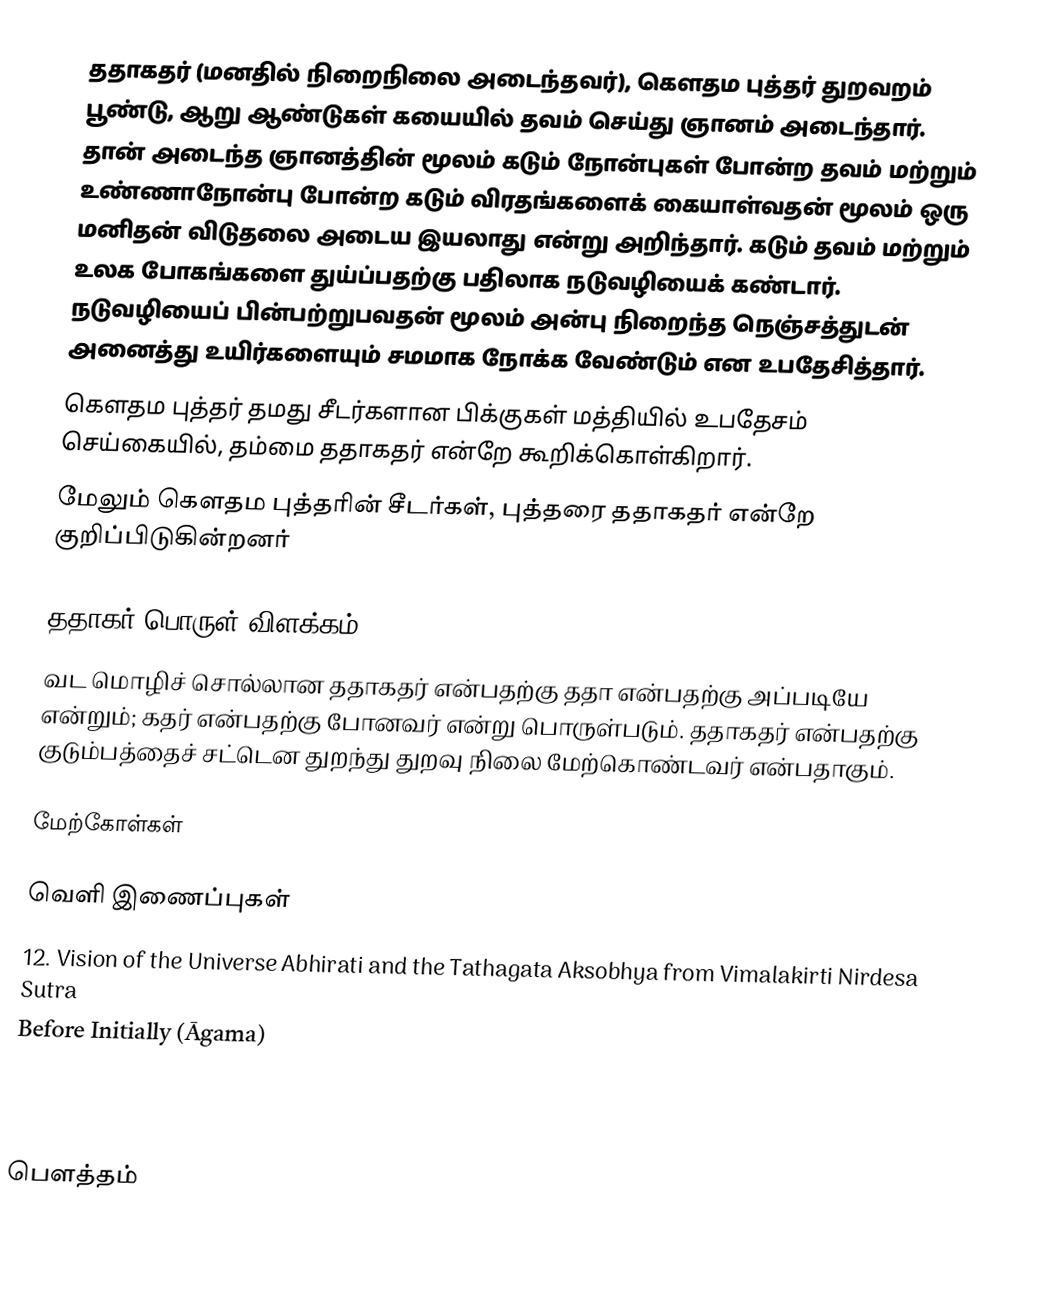
ததாகதர் (மனதில் நிறைநிலை அடைந்தவர்), கௌதம புத்தர் துறவறம் பூண்டு, ஆறு ஆண்டுகள்  கயையில் தவம் செய்து ஞானம் அடைந்தார். தான் அடைந்த ஞானத்தின் மூலம் கடும் நோன்புகள் போன்ற தவம் மற்றும் உண்ணாநோன்பு போன்ற கடும் விரதங்களைக் கையாள்வதன் மூலம் ஒரு மனிதன்  விடுதலை அடைய இயலாது என்று அறிந்தார்.  கடும் தவம்  மற்றும் உலக போகங்களை துய்ப்பதற்கு பதிலாக  நடுவழியைக் கண்டார்.  நடுவழியைப் பின்பற்றுபவதன் மூலம்  அன்பு நிறைந்த நெஞ்சத்துடன் அனைத்து உயிர்களையும் சமமாக நோக்க வேண்டும் என உபதேசித்தார்.
கௌதம புத்தர் தமது சீடர்களான பிக்குகள் மத்தியில் உபதேசம் செய்கையில், தம்மை ததாகதர் என்றே கூறிக்கொள்கிறார்.
மேலும் கௌதம புத்தரின் சீடர்கள், புத்தரை ததாகதர் என்றே குறிப்பிடுகின்றனர்

ததாகர் பொருள் விளக்கம்
வட மொழிச் சொல்லான ததாகதர் என்பதற்கு ததா என்பதற்கு அப்படியே என்றும்; கதர் என்பதற்கு போனவர் என்று பொருள்படும். ததாகதர் என்பதற்கு குடும்பத்தைச் சட்டென துறந்து துறவு நிலை  மேற்கொண்டவர் என்பதாகும்.

மேற்கோள்கள்

வெளி இணைப்புகள்
12. Vision of the Universe Abhirati and the Tathagata Aksobhya from Vimalakirti Nirdesa Sutra
  Before Initially (Āgama)
  After Finally (Tathatā)

பௌத்தம்